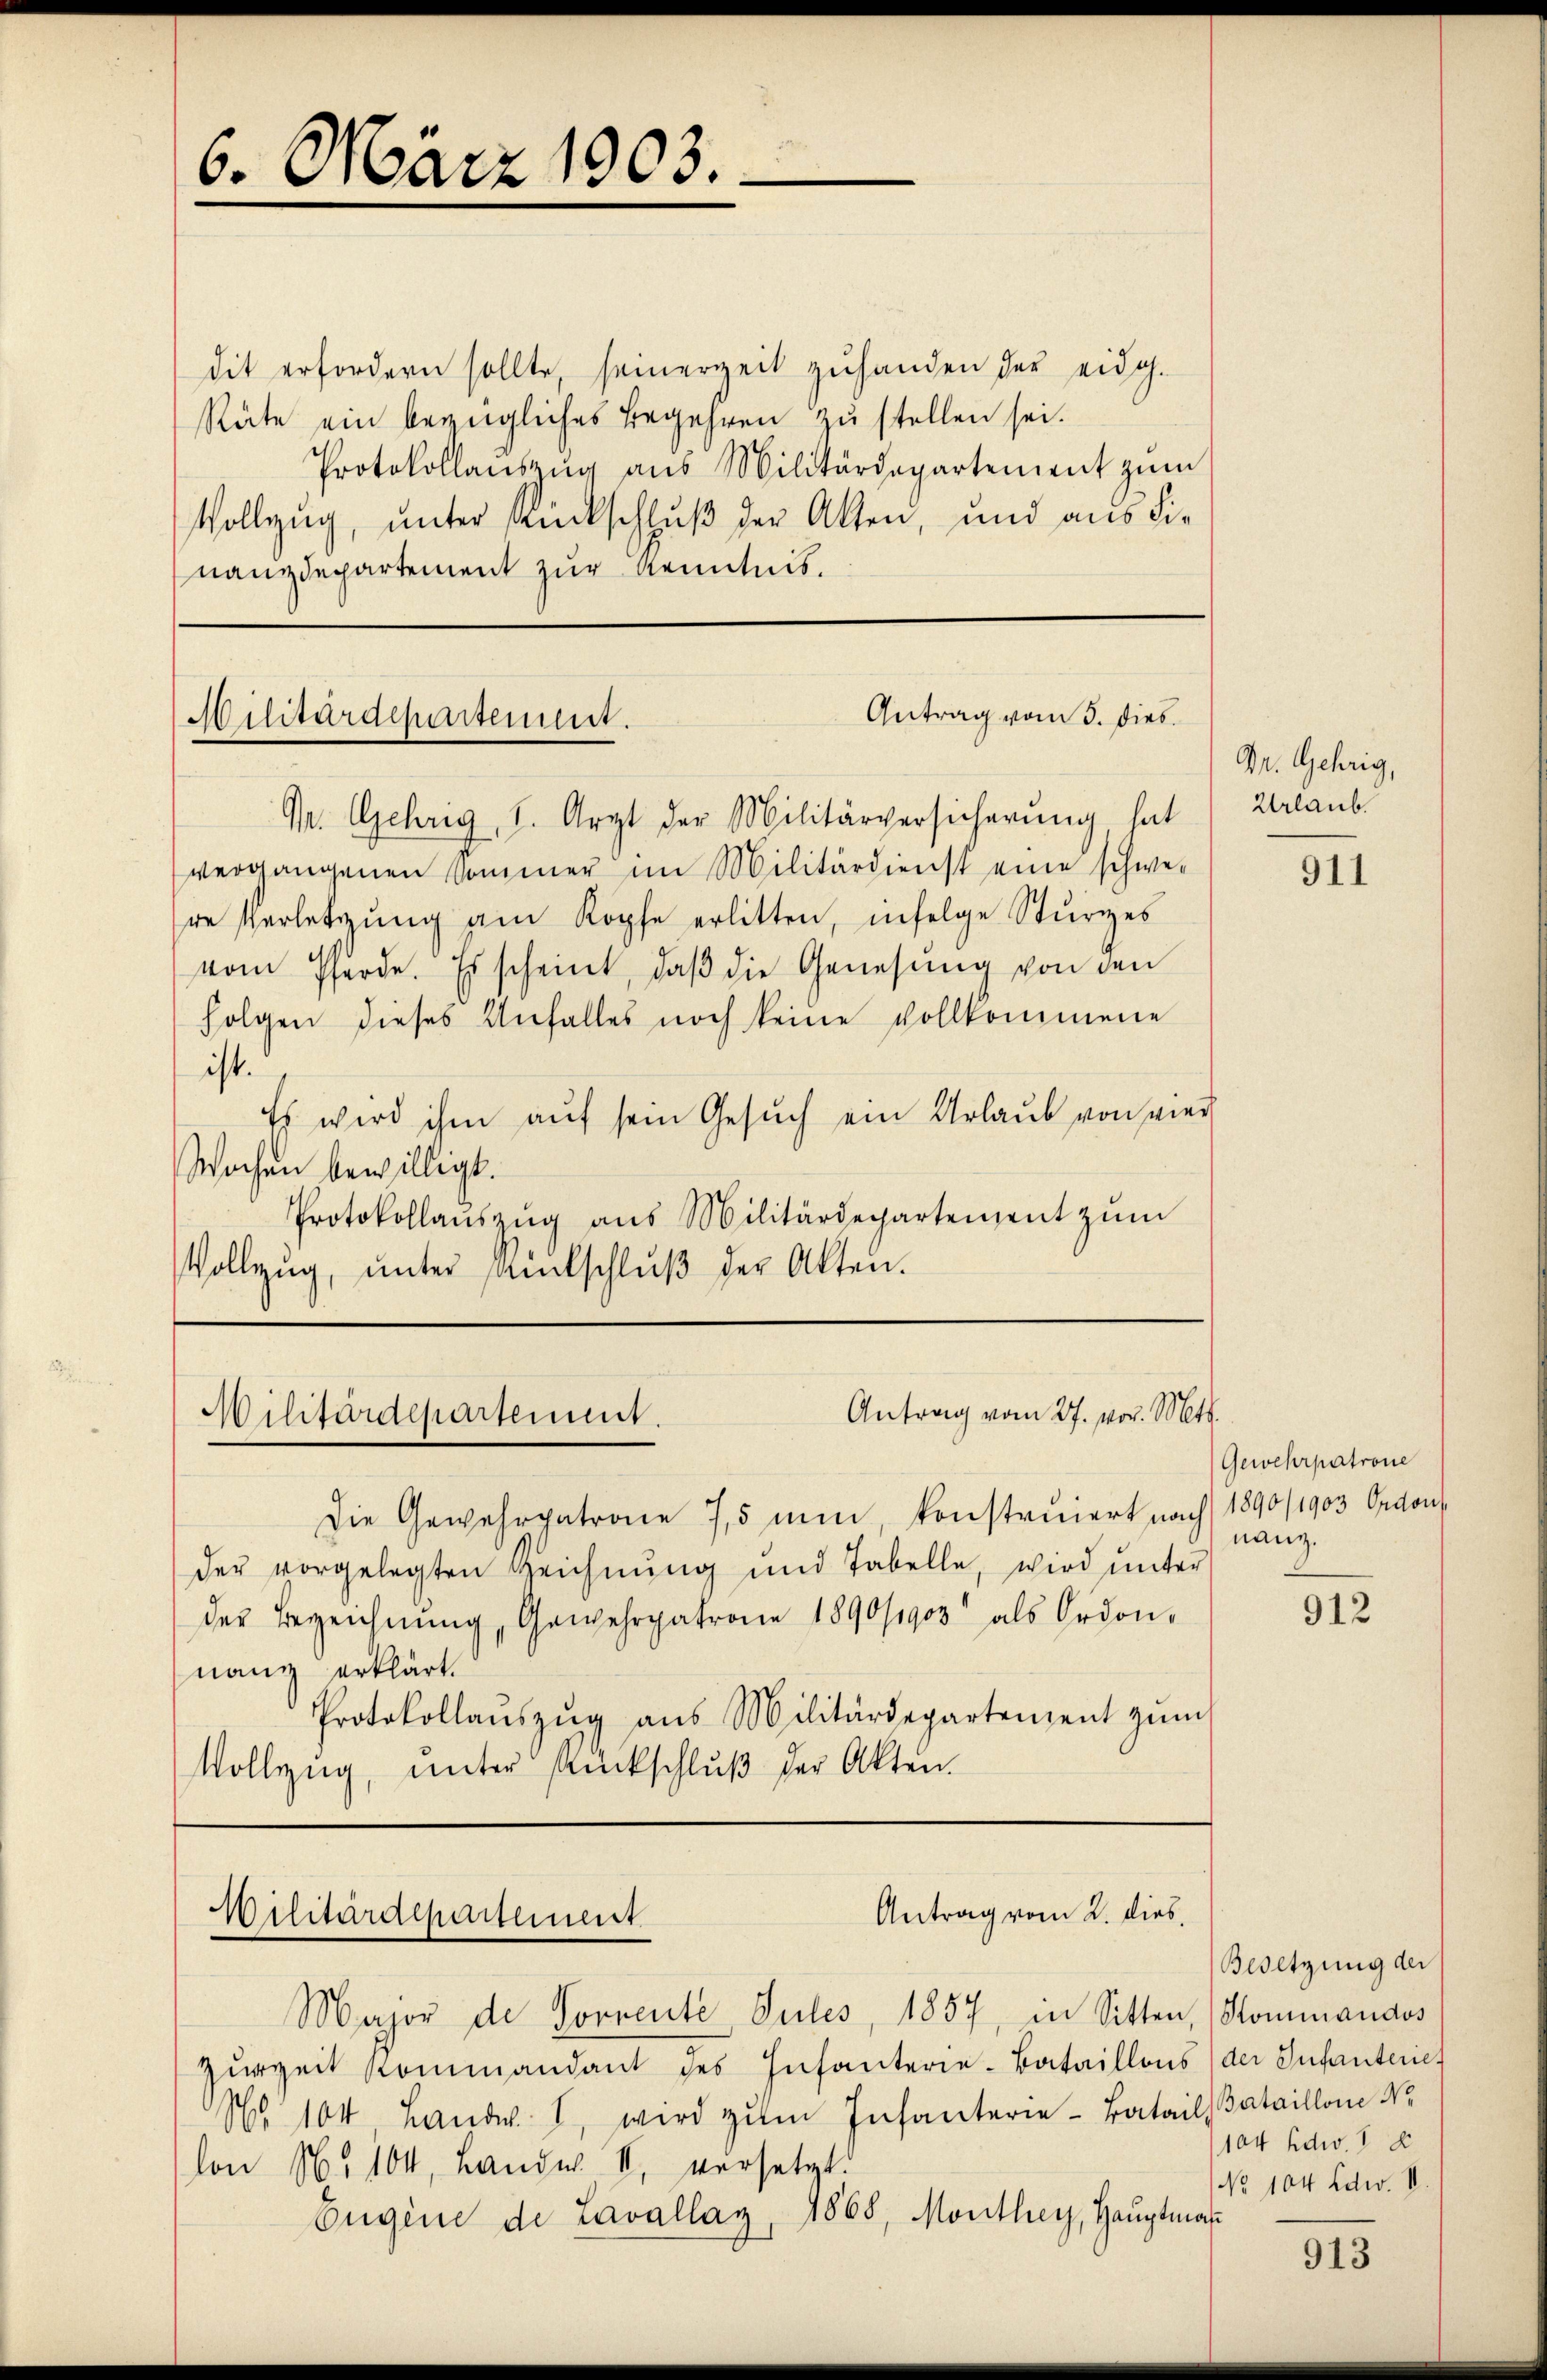
6. März 1903.

dit erfordern sollte, seinerzeit zuhanden der eidg.
Räte ein bezügliches Begehren zŭ stellen sei.
Protokollauszug aus Militärdepartement zum
Vollzug, unter Rückschluß der Akten, und aus die
nanzdepartement zur Kenntnis.

Antrag vom 3. Dieb.
Militärdepartement.

Antrag vom 27. vor. Mts.
Militärdepartement.

Antrag vom 2. dies
Militärdepartement

Mr. Gehrig, 1. Arzt der Militärversicherung, hat
vergangenen Sommer im Militärdienst eine schwer
de Verletzŭng am Kopfe erlitten, infolge Sturzes
vom Pferde. Es scheint, daβ die Genesung von den
folgen dieses Unfalles noch keine vollkommene
ist.
Es wird ihm auf sein Gesuch ein Urlaub von vier
Wochen bewilligt.
Protokollaŭszŭg aŭs Militärdepartement zŭm
Vollzŭg, ŭnter samtschlŭβ der Akten.

Die Gewehrpatrone 7,5 min, konstruiert nach 1890/1903 Ordons
der vorgelegten Zeichnung und Tabelle, wird ŭnter
der Bezeichnŭng, Gewehrpatrone 1890/1903 als Ordon-
nang erklärt.
Protokollaŭszŭg aŭs Militärdepartement zŭm
Vollzug, unter Rückschlŭβ der Akten.

Major de Forrente Sules, 1857, in Sitten, Kommandos
Zŭrzeit kommandant des Infanterie-Bataillons (der Infanteriet
No 104 Landw. 1, wird zŭm Infanterie-Batails Bataillon No
lon No 104, Landw. II, versetzt.
Eugene de Lavallaz, 1868, Monthey, Haŭptman

Dr. Gehrig,
Urlaub

Gewehrpatrone
nanz.

911

912

Besetzung der
104 Edw. 1 d
No 104 Edw. II.

913